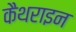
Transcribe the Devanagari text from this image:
कैथराइन